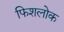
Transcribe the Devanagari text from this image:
फिशलोक